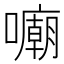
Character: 𱕜